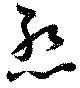
慙